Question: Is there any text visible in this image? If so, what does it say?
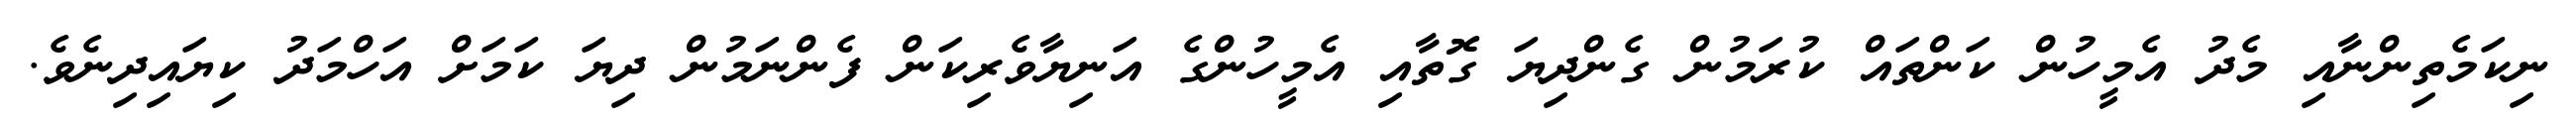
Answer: ނިކަމެތިންނާއި މެދު އެމީހުން ކަންތައް ކުރަމުން ގެންދިޔަ ގޮތާއި އެމީހުންގެ އަނިޔާވެރިކަން ފެންނަމުން ދިޔަ ކަމަށް އަހްމަދު ކިޔައިދިނެވެ.